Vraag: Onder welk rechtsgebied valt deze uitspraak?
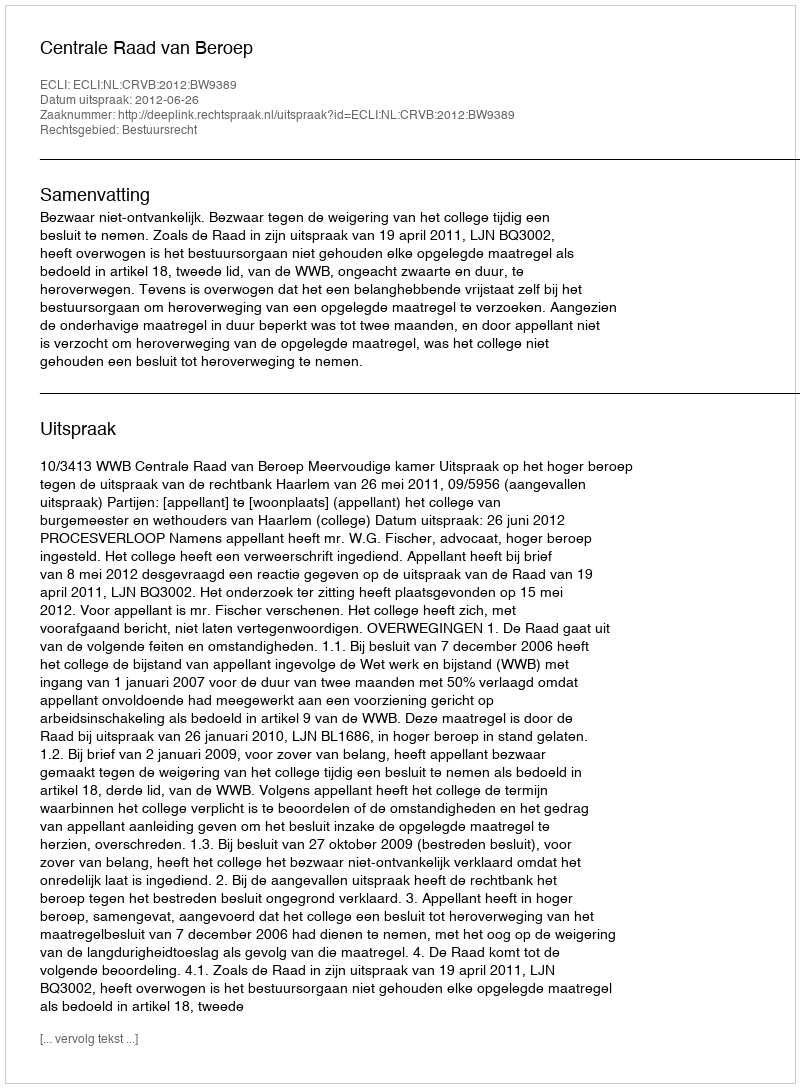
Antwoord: Bestuursrecht